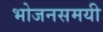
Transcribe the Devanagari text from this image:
भोजनसमयी